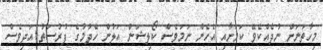
މިހާތަނަށް ނުދެއްކެވޭ ކަމަށާއި އެހެން ނަމަވެސް ކޯލިޝަން އަލުން ހެދުމުގެ ފުރުސަތު އަދިވެސް